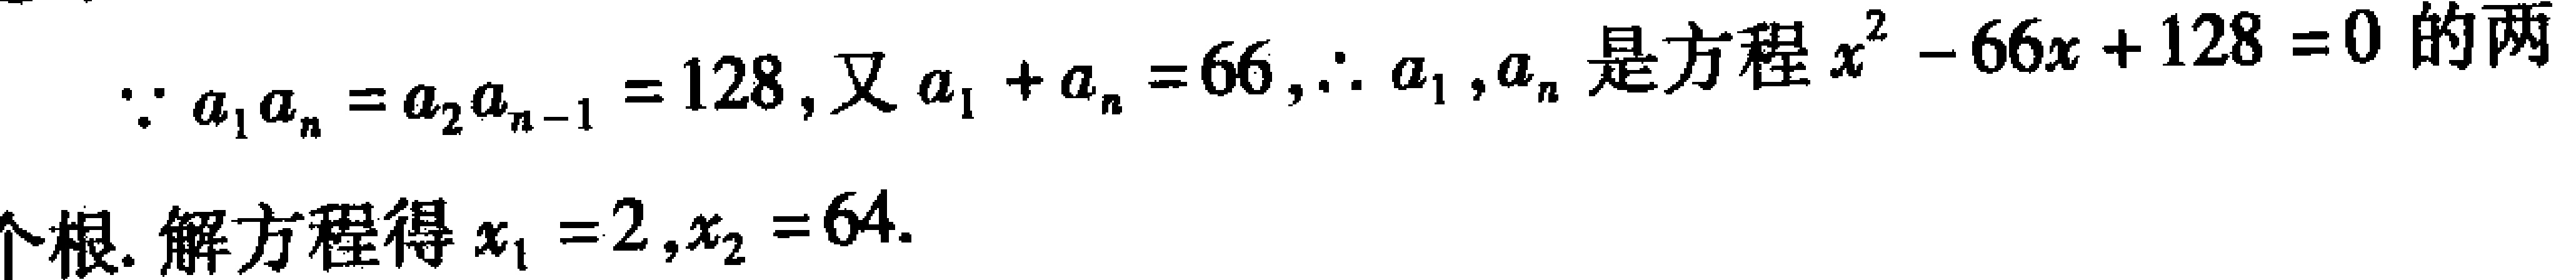
$\because a_{1}a_{n}=a_{2}a_{n - 1}=128$, 又$a_{1}+a_{n}=66$, $\therefore a_{1},a_{n}$是方程$x^{2}-66x + 128 = 0$的两

个根. 解方程得$x_{1}=2,x_{2}=64$.